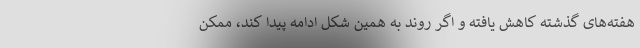
هفته‌های گذشته کاهش یافته و اگر روند به همین شکل ادامه پیدا کند، ممکن